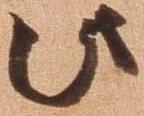
此